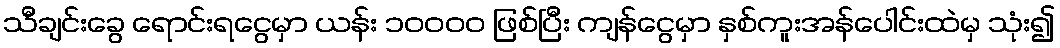
သီချင်းခွေ ရောင်းရငွေမှာ ယန်း ၁၀၀၀၀ ဖြစ်ပြီး ကျန်ငွေမှာ နှစ်ကူးအန်ပေါင်းထဲမှ သုံး၍